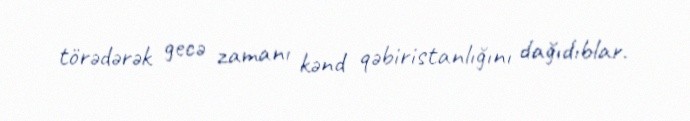
törədərək gecə zamanı kənd qəbiristanlığını dağıdıblar.